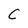
Character: C